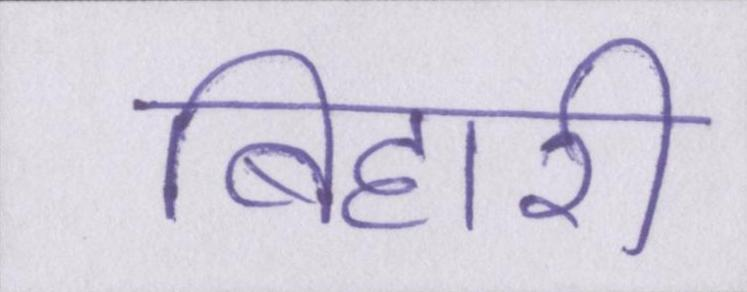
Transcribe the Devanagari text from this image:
बिहारी